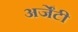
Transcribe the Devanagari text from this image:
अर्जेंटी